Vaccination North-Western Provinces 1866-1877 - 1866-1877
Year: 1866
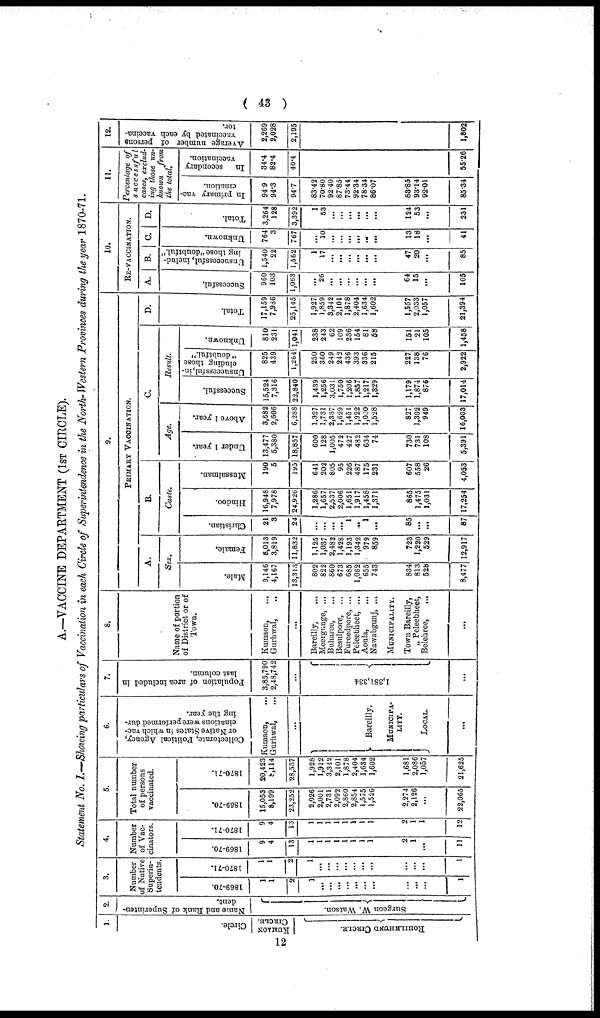
( 43 )
A.—VACCINE DEPARTMENT (1ST CIRCLE).
Statement No. I.—Showing particulars of Vaccination in each Circle of Superintendence in the North-Western Provinces during the year 1870-71.
1.
Circle.
KUMAON
CIRCLE.
ROHILKHUND CIRCLE.
2.
Name and Rank of Superinten-
dent.
Surgeon W. Watson.
3.
Number
of Native
Superin-
tendents.
1869-70.
1
1
2
1
...
...
...
...
...
...
...
...
...
...
1
1870-71.
1
1
2
1
...
...
...
...
...
...
...
...
...
...
1
4.
Number
of Vac-
cinators.
1869-70.
9
4
13
1
1
1
1
1
1
1
1
2
1
...
11
1870-71.
9
4
13
1
1
1
1
1
1
1
1
2
1
1
12
5.
Total number
of persons
vaccinated.
1869-70.
15,053
8,199
23,252
2,026
2,001
2,731
2,092
2,860
2,854
1,575
1,526
2,274
2,126
...
22,065
1870-71.
20,423
8,114
28,537
1,928
1,912
3,342
2,101
1,878
2,404
1,634
1,602
1,681
2,086
1,057
21,625
6.
Collectorate, Political Agency,
or Native States in which vac-
cinations were performed dur-
ing the year.
Kumaon, ...
Gurhwal, ...
...
Bareilly.
MUNICIPA¬
LITY.
LOCAL.
...
7.
Population of area included in
last column.
3,85,790
2,48,742
...
1,381,334
...
8.
Name of portion
of District or of
Town.
Kumaon, ...
Gurhwal,
...
...
Bareilly,
...
Meergunge, ...
Buharee, ...
Besulpore, ...
Fureedpore, ...
Peleebheet, ...
Aonla, ...
Nawabgunj, ...
MUNICIPALITY.
Town Bareilly,
„ Peleebheet,
Belehree,
...
9.
PRIMARY VACCINATION.
A.
Sex.
Male.
9,146
4,167
13,313
802
822
860
673
685
1,062
655
743
834
813
528
8,477
Female.
8,013
3,819
11,832
1,125
1,037
2,482
1,428
1,193
1,342
979
859
723
1,220
529
12,917
B.
Caste.
Christian.
21
3
24
...
...
...
...
1
...
1
...
85
...
...
87
Hindoo.
16,948
7,978
24,926
1,286
1,657
2,537
2,006
1,651
1,917
1,458
1,371
865
1,475
1,031
17,254
Mussalman.
190
5
195
641
202
805
95
226
487
175
231
607
558
26
4,053
C.
Age.
Under 1 year.
13,477
5,380
18,857
600
128
1,005
472
427
482
634
74
730
731
108
5,391
Above 1 year.
3,682
2,606
6,288
1,327
1,731
2,337
1,629
1,451
1,922
1,000
1,528
827
1,302
949
16,003
Result.
Successful.
15,524
7,316
22,840
1,439
1,256
3,031
1,750
1,206
1,857
1,217
1,329
1,179
1,874
876
17,014
Unsuccessful, in-
cluding those
" doubtful."
825
439
1,264
250
360
249
242
436
393
336
215
227
138
76
2,922
Unknown.
810
231
1,041
238
243
62
109
236
154
81
58
151
21
105
1,458
D.
Total.
17,159
7,936
25,145
1,927
1,859
3,342
2,101
1,878
2,404
1,634
1,602
1,557
2,033
1,057
21,394
10.
RE-VACCINATION.
A.
Successful.
960
103
1,063
...
26
...
...
...
...
...
...
64
15
...
105
B.
Unsuccessful, includ-
ing those "doubtful."
1,540
22
1,562
1
17
...
...
...
...
...
...
47
20
...
85
C.
Unknown.
764
3
767
10
...
...
...
...
...
...
13
18
...
41
D.
Total.
3,264
128
3,392
1
53
...
...
...
...
...
...
124
53
...
231
11.
Percentage of
successful
cases, exclud-
ing those un-
known
from
the total.
In primary vac-
cination.
94.9
94.3
94.7
83.42
70.80
92.40
87.85
73.44
92.34
78.34
86.07
83.85
93.14
92.01
85.34
In
secondary
vaccination.
34.4
82.4
40.4
55.26
12.
Average number of persons
vaccinated by each vaccina-
tor.
2,269
2,028
2,195
1,802
12